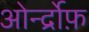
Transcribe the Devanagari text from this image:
ओर्न्द्रोफ़